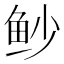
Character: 𫚌